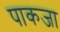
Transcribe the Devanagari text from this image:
पाकजा